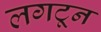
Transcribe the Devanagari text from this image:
लगटून